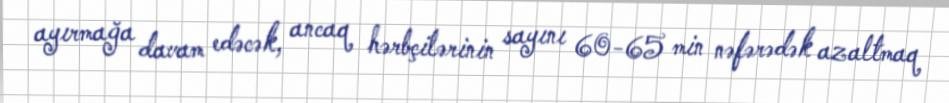
ayırmağa davam edəcək, ancaq hərbçilərinin sayını 60-65 min nəfərədək azaltmaq